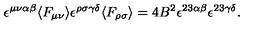
\epsilon ^ { \mu \nu \alpha \beta } \langle F _ { \mu \nu } \rangle \epsilon ^ { \rho \sigma \gamma \delta } \langle F _ { \rho \sigma } \rangle = 4 B ^ { 2 } \epsilon ^ { 2 3 \alpha \beta } \epsilon ^ { 2 3 \gamma \delta } .